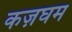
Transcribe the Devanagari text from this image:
कज़घम